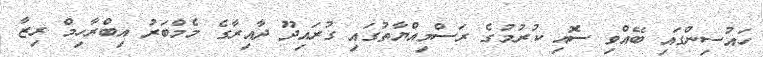
ހައުސިންގައި ބޭއްވި ސޮއި ކުރުމުގެ ރަސްމިއްޔާތުގައި ގުރައިދޫ ދާއިރާގެ މެމްބަރު އިބްރާހިމް ރިޒާ